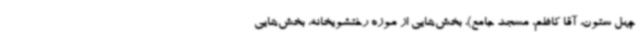
چهل ستون، آقا کاظم، مسجد جامع)، بخش‌هایی از موزه رختشویخانه، بخش‌هایی